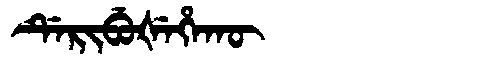
Manchu: ᡩᡝᡵᡳᠪᡠᡧᡝᡥᠠᡴᡡ
Romanization: DERIBUŠEHAKŪ